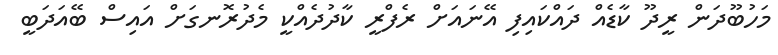
މަހުބޫދަން ރީދޫ ކާޑެއް ދައްކައިފި އޭނައަށް ރެފްރީ ކާދުދެއްކީ މެދުރޮނގަށް އައިސް ބޭއަދަބީ